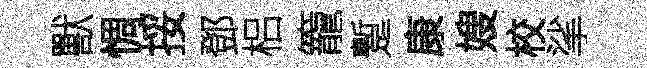
獸惆挼鄧梠籠蹔康嫂校挲